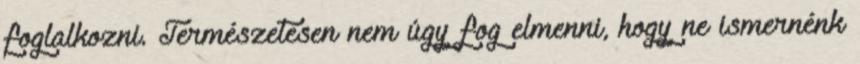
foglalkozni. Természetesen nem úgy fog elmenni, hogy ne ismernénk